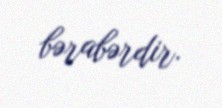
bərabərdir.